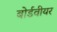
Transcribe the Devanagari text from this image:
बोर्डवीयर